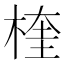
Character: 楏